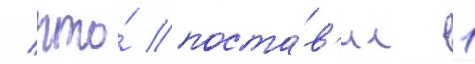
/ что́ поста́в'ил 1